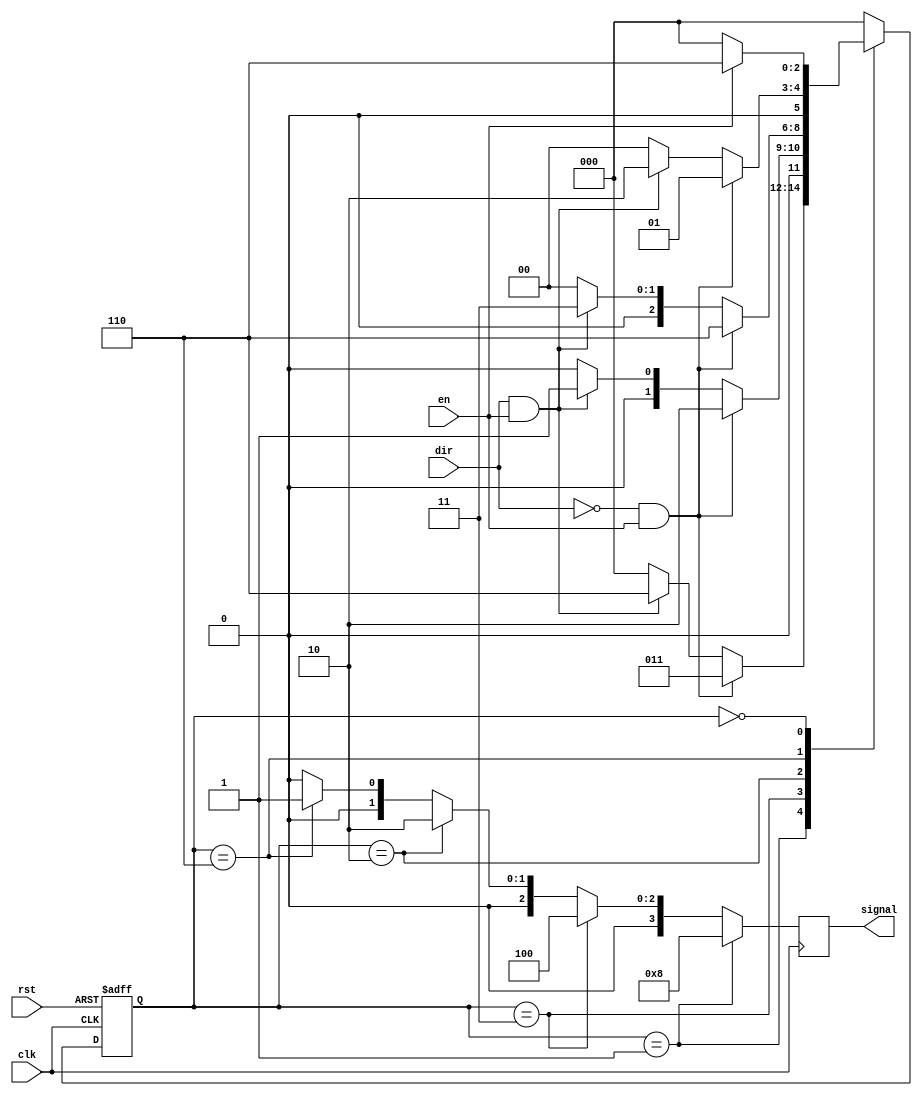
`timescale 1ns / 1ps

module pmod_step_driver(
    input rst,
    input dir,
    input clk,
    input en,
    output reg [3:0] signal
    );
    
    // local parameters that hold the values of
    // each of the states. This way the states
    // can be referenced by name.
    localparam sig4 = 3'b001;
    localparam sig3 = 3'b011;
    localparam sig2 = 3'b010;
    localparam sig1 = 3'b110;
    localparam sig0 = 3'b000;
    
    // register values to hold the values
    // of the present and next states. 
    reg [2:0] present_state, next_state;
    
    // run when the present state, direction
    // or enable signals change.
    always @ (present_state, dir, en)
    begin
        // Based on the present state
        // do something.
        case(present_state)
        // If the state is sig4, the state where
        // the fourth signal is held high. 
        sig4:
        begin
            // If direction is 0 and enable is high
            // the next state is sig3. If direction
            // is high and enable is high
            // next state is sig1. If enable is low
            // next state is sig0.
            if (dir == 1'b0 && en == 1'b1)
                next_state = sig3;
            else if (dir == 1'b1 && en == 1'b1)
                next_state = sig1;
            else 
                next_state = sig0;
        end  
        sig3:
        begin
            // If direction is 0 and enable is high
            // the next state is sig2. If direction
            // is high and enable is high
            // next state is sig4. If enable is low
            // next state is sig0.
            if (dir == 1'b0&& en == 1'b1)
                next_state = sig2;
            else if (dir == 1'b1 && en == 1'b1)
                next_state = sig4;
            else 
                next_state = sig0;
        end 
        sig2:
        begin
            // If direction is 0 and enable is high
            // the next state is sig1. If direction
            // is high and enable is high
            // next state is sig3. If enable is low
            // next state is sig0.
            if (dir == 1'b0&& en == 1'b1)
                next_state = sig1;
            else if (dir == 1'b1 && en == 1'b1)
                next_state = sig3;
            else 
                next_state = sig0;
        end 
        sig1:
        begin
            // If direction is 0 and enable is high
            // the next state is sig4. If direction
            // is high and enable is high
            // next state is sig2. If enable is low
            // next state is sig0.
            if (dir == 1'b0&& en == 1'b1)
                next_state = sig4;
            else if (dir == 1'b1 && en == 1'b1)
                next_state = sig2;
            else 
                next_state = sig0;
        end
        sig0:
        begin
            // If enable is high
            // the next state is sig1. 
            // If enable is low
            // next state is sig0.
            if (en == 1'b1)
                next_state = sig1;
            else 
                next_state = sig0;
        end
        default:
            next_state = sig0; 
        endcase
    end 
    
    // State register that passes the next
    // state value to the present state 
    // on the positive edge of clock
    // or reset. 
    always @ (posedge clk, posedge rst)
    begin
        if (rst == 1'b1)
            present_state = sig0;
        else 
            present_state = next_state;
    end
    
    // Output Logic
    // Depending on the state
    // output signal has a different
    // value.     
    always @ (posedge clk)
    begin
        if (present_state == sig4)
            signal = 4'b1000;
        else if (present_state == sig3)
            signal = 4'b0100;
        else if (present_state == sig2)
            signal = 4'b0010;
        else if (present_state == sig1)
            signal = 4'b0001;
        else
            signal = 4'b0000;
    end
endmodule